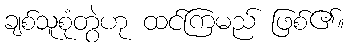
ချစ်သူစုံတွဲဟု ထင်ကြမည် ဖြစ်၏။